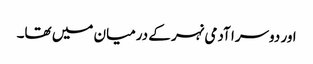
اور دوسرا آدمی نہر کے درمیان میں تھا۔